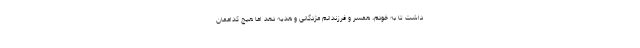
داشت تا به خودم، همسر و فرزندانم مژدگانی و هدیه دهد اما هیچ کداممان